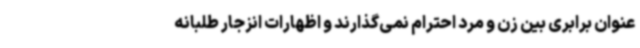
عنوان برابری بین زن و مرد احترام نمی‌گذارند و اظهارات انزجار طلبانه